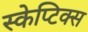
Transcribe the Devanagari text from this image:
स्केप्टिक्स